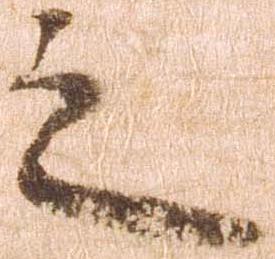
之